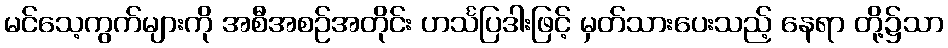
မင်သေ့ကွက်များကို အစီအစဉ်အတိုင်း ဟင်္သပြဒါးဖြင့် မှတ်သားပေးသည့် နေရာ တို့၌သာ